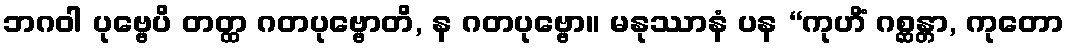
ဘဂဝါ ပုဗ္ဗေပိ တတ္ထ ဂတပုဗ္ဗောတိ, န ဂတပုဗ္ဗော။ မနုဿာနံ ပန “ကုဟိံ ဂစ္ဆန္တာ, ကုတော